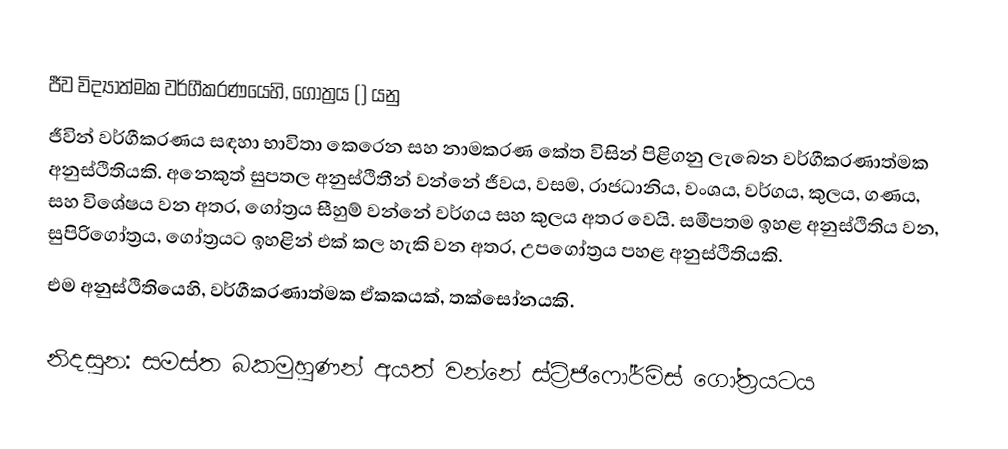
ජීව විද්‍යාත්මක වර්ගීකරණයෙහි, ගෝත්‍රය () යනු
 ජීවින් වර්ගීකරණය සඳහා භාවිතා කෙරෙන සහ නාමකරණ කේත විසින් පිළිගනු ලැබෙන  වර්ගීකරණාත්මක අනුස්ථිතියකි. අනෙකුත් සුපතල අනුස්ථිතීන් වන්නේ ජීවය, වසම, රාජධානිය, වංශය, වර්ගය, කුලය, ගණය, සහ විශේෂය වන අතර, ගෝත්‍රය සීහුම් වන්නේ වර්ගය සහ කුලය අතර වෙයි. සමීපතම ඉහළ අනුස්ථිතිය වන, සුපිරිගෝත්‍රය, ගෝත්‍රයට ඉහළින් එක් කල හැකි වන අතර, උපගෝත්‍රය පහළ අනුස්ථිතියකි.
 එම අනුස්ථිතියෙහි, වර්ගීකරණාත්මක ඒකකයක්, තක්සෝනයකි.

නිදසුන: සමස්ත බකමුහුණන් අයත් වන්නේ ස්ට්‍රිජිෆෝර්මිස් ගෝත්‍රයටය